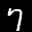
Label: 7